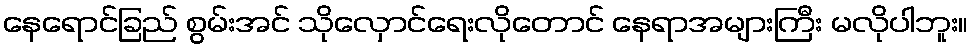
နေရောင်ခြည် စွမ်းအင် သိုလှောင်ရေးလိုတောင် နေရာအများကြီး မလိုပါဘူး။